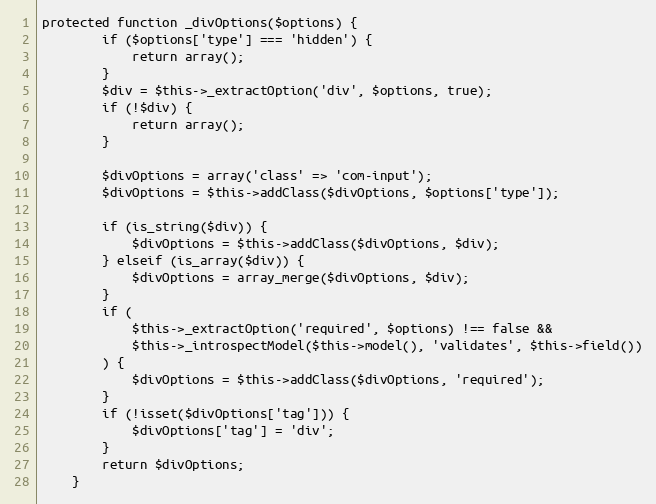
Language: PHP
protected function _divOptions($options) {
		if ($options['type'] === 'hidden') {
			return array();
		}
		$div = $this->_extractOption('div', $options, true);
		if (!$div) {
			return array();
		}

		$divOptions = array('class' => 'com-input');
		$divOptions = $this->addClass($divOptions, $options['type']);

		if (is_string($div)) {
			$divOptions = $this->addClass($divOptions, $div);
		} elseif (is_array($div)) {
			$divOptions = array_merge($divOptions, $div);
		}
		if (
			$this->_extractOption('required', $options) !== false &&
			$this->_introspectModel($this->model(), 'validates', $this->field())
		) {
			$divOptions = $this->addClass($divOptions, 'required');
		}
		if (!isset($divOptions['tag'])) {
			$divOptions['tag'] = 'div';
		}
		return $divOptions;
	}